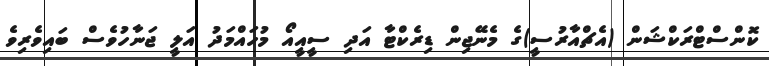
ކޮންސްޓްރަކްޝަން (އެޗްއާރުސީ)ގެ މެނޭޖިން ޑިރެކްޓާ އަދި ސީއީއޯ މުހައްމަދު އަލީ ޖަނާހުވެސް ބައިވެރިވެ